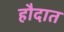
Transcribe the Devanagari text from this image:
हौदात